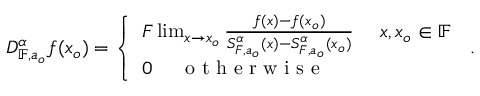
D _ { \mathbb { F } , a _ { o } } ^ { \alpha } f ( x _ { o } ) = \left\{ \begin{array} { l l } { F \operatorname* { l i m } _ { x \rightarrow x _ { o } } \frac { f ( x ) - f ( x _ { o } ) } { S _ { F , a _ { o } } ^ { \alpha } ( x ) - S _ { F , a _ { o } } ^ { \alpha } ( x _ { o } ) } ~ ~ ~ ~ x , x _ { o } \in \mathbb { F } } \\ { 0 ~ ~ ~ ~ \textrm { o t h e r w i s e } } \end{array} \right. \, .